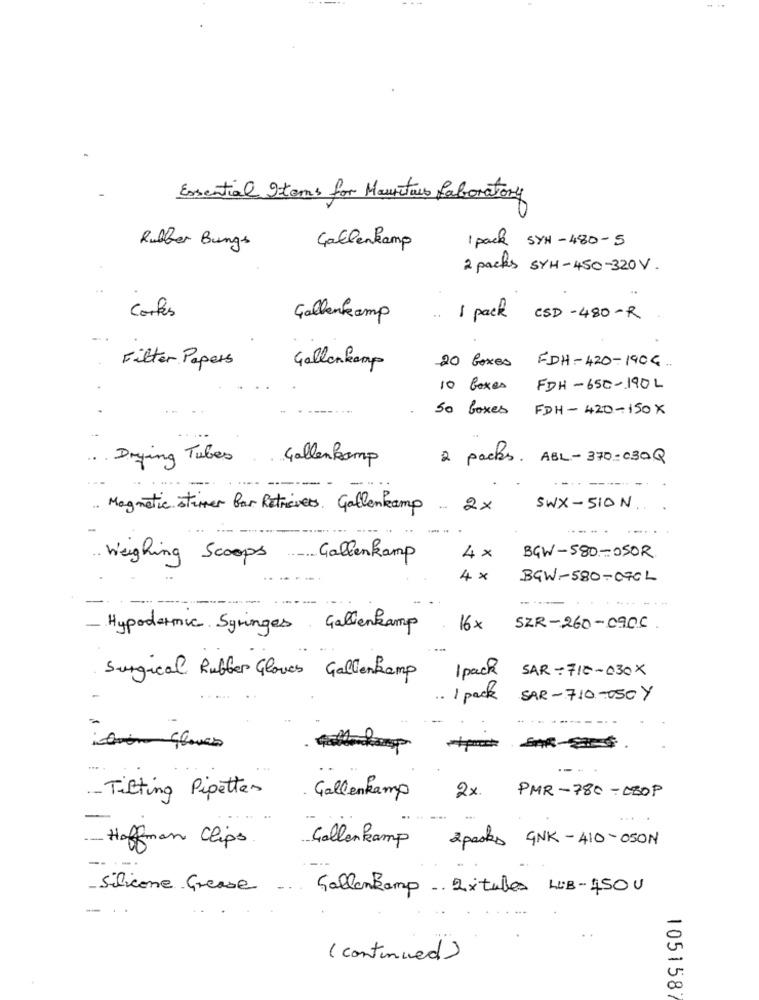
.
Essential Items for Mauritaus Laboratory
1 pack SYN-480-5
Rubber Bungs
Gallenkamp
2 packs SYH-450-320V.
..
Cortes
Gallenkamp
1 pack CSD - 480 - R
Filter Papers
20 boxes FDH-420-1904.
Gallenkamp
10 boxes
FDH- 650-190L
50 boxes FDH -420-150x
Drying Tubes
Gallenkamp
2 packs. ABL-370-030Q
.. Magnetic stirner Bar Retrievers. Gallenkamp .
2x
SWX-510 N
---
.. Weighing Scoops Gallenkamp
4×
BGW-580-OSOR
4×
BGW-580-070L
Hypodermic Syringes Gallenkamp
16x
SZR-260-090c.
1 pack
SAR-710-030X
Surgical Rubber Gloves Gallenkamp
.. 1 pack
SAR -710-050 Y
....
.- Tilting Pipettes
Gallenkamp
2x. PMR- 780 - CBOP
- Hoffman Clips
Collenkamp 2packs GNK -410-050N
Silicone Grease . Gallenkamp . 2xtubes LB-450U
( continued)
-
00
105158